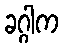
ခဂ္ဂါက